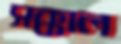
সক্কাল